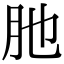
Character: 肔